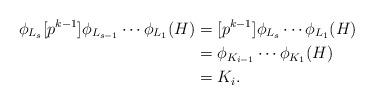
LaTeX: \begin{align*}\phi_{L_s}[p^{k-1}]\phi_{L_{s-1}}\cdots \phi_{L_1}(H) & = [p^{k-1}]\phi_{L_s} \cdots \phi_{L_{1}}(H) \\& = \phi_{K_{i-1}} \cdots \phi_{K_1}(H) \\& = K_i.\end{align*}